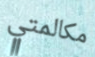
مكالمتي